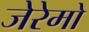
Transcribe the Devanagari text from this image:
जेरेमो